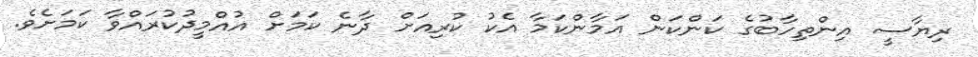
ރިޔާސީ އިންތިހާބުގެ ކަންކަން އަމާންކަމާ އެކު ކުރިއަށް ދާނެ ކަމަށް އުއްމީދުކުރައްވާ ކަމަށެވެ.